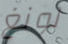
لونغ